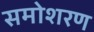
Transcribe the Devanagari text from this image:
समोशरण